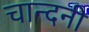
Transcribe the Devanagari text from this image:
चान्दनी